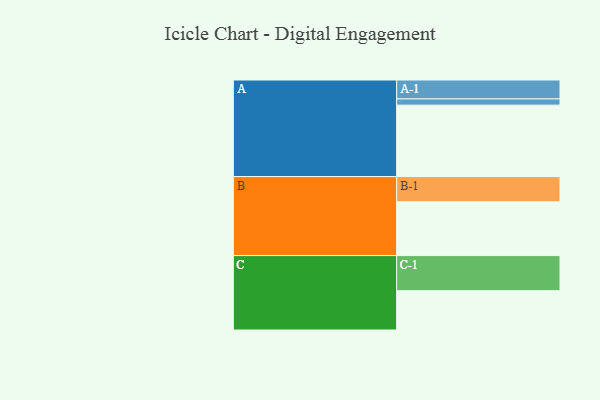
{"axis": {"x": "Segment", "y": "Value"}, "legend": ["", "A", "B", "C"], "data": [{"x": "A", "y": 574, "type": ""}, {"x": "B", "y": 432, "type": ""}, {"x": "C", "y": 316, "type": ""}, {"x": "A-1", "y": 152, "type": "A"}, {"x": "A-2", "y": 50, "type": "A"}, {"x": "B-1", "y": 203, "type": "B"}, {"x": "C-1", "y": 282, "type": "C"}]}